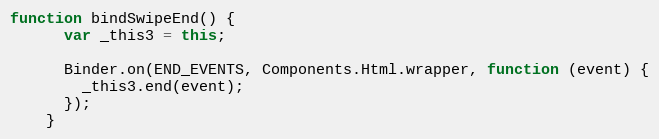
Language: JavaScript
function bindSwipeEnd() {
      var _this3 = this;

      Binder.on(END_EVENTS, Components.Html.wrapper, function (event) {
        _this3.end(event);
      });
    }